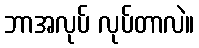
ဘာအလုပ် လုပ်တာလဲ။